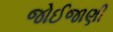
જોઈજાણી